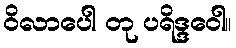
ဝိလာပေါ တု ပရိဒ္ဒဝေါ။